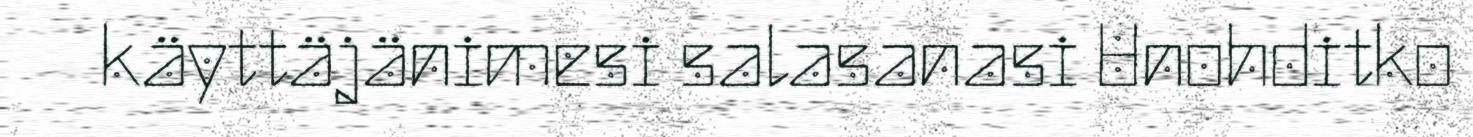
käyttäjänimesi salasanasi Unohditko